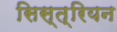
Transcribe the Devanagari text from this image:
सिस्त्रियन